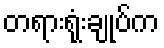
တရားရုံးချုပ်က